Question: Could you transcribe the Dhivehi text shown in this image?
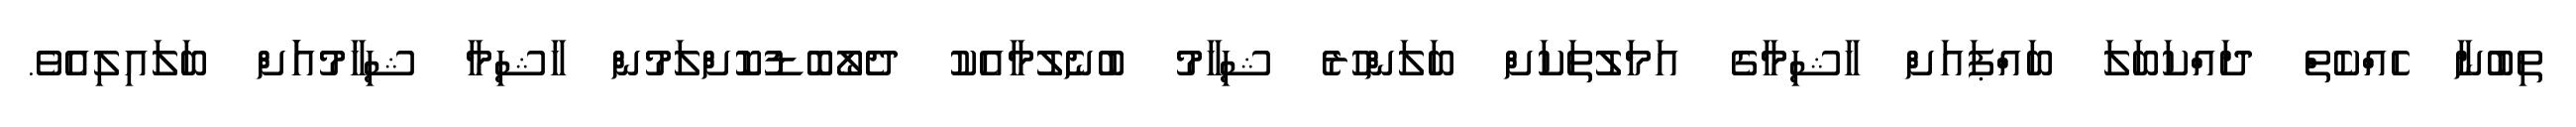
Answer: ތިބުނާ ހެއްކެތް ދައްކަބަލަ ބައްޕައަށް ހާޝިމާގެ އަމަލުތަކަށް ބަލަންހުރެ ޝިހާމު ބުނެލުމާއެކު ދެލޯބޮޑުކޮށްލަމުން ހާޝިމާ ޝިހާމުއަަށް ބަލައިލިއެވެ.